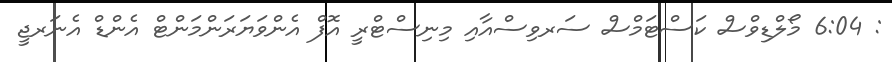
: 6:04 މޯލްޑިވްސް ކަސްޓަމްސް ސަރވިސްއާއި މިނިސްޓްރީ އޮފް އެންވަޔަރަންމަންޓް އެންޑް އެނަރޖީ